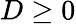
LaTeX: D\geq 0